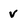
Character: v